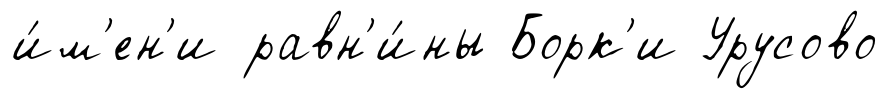
и́м'ен'и равн'и́ны Борк'и Урусово